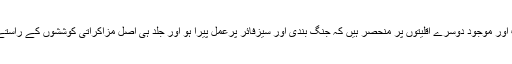
یہ برما کی حکومت اور موجود دوسرے اقلیتوں پر منحصر ہيں کہ جنگ بندی اور سيزفائر پرعمل پيرا ہو اور جلد ہی اصل مزاکراتی کوششوں کے راستے پر گامزن ہوجاۓ۔